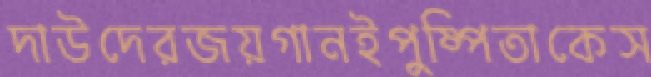
দাউদেরজয়গানইপুষ্পিতাকেস